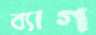
ব্যাগ